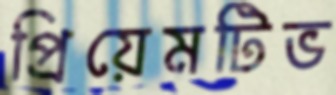
প্রিয়েমটিভ